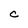
Character: C